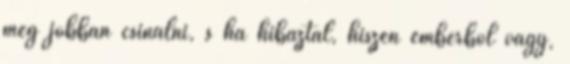
még jobban csinálni, s ha hibáztál, hiszen emberből vagy,